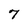
Character: 7